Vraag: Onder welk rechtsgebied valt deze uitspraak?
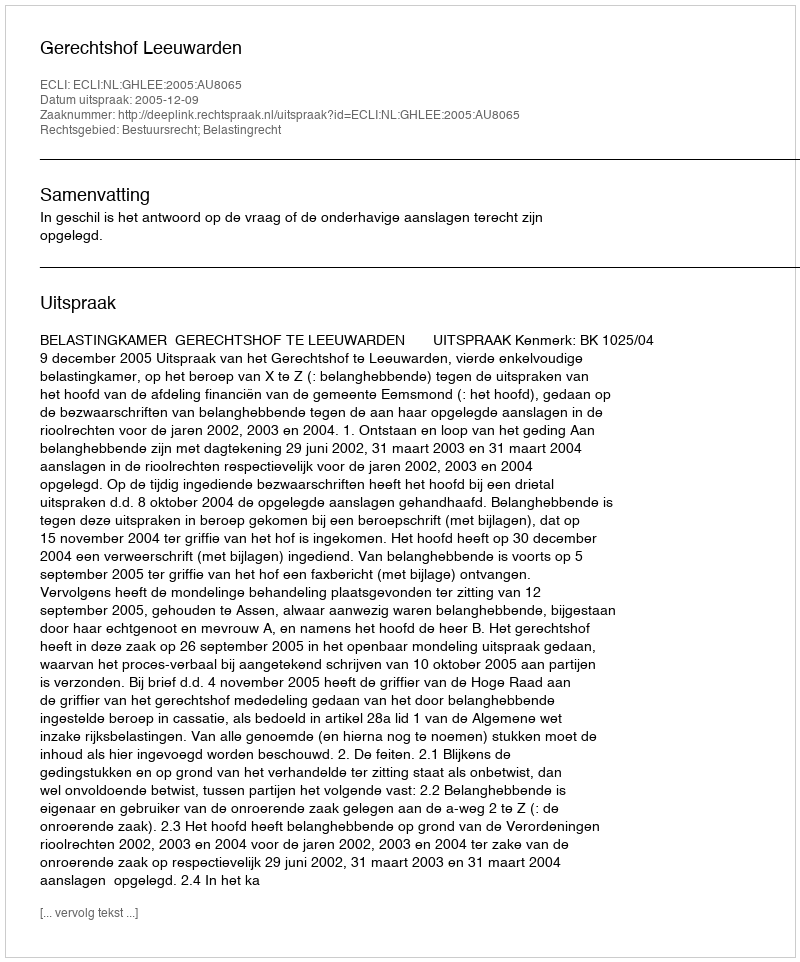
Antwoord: Bestuursrecht; Belastingrecht